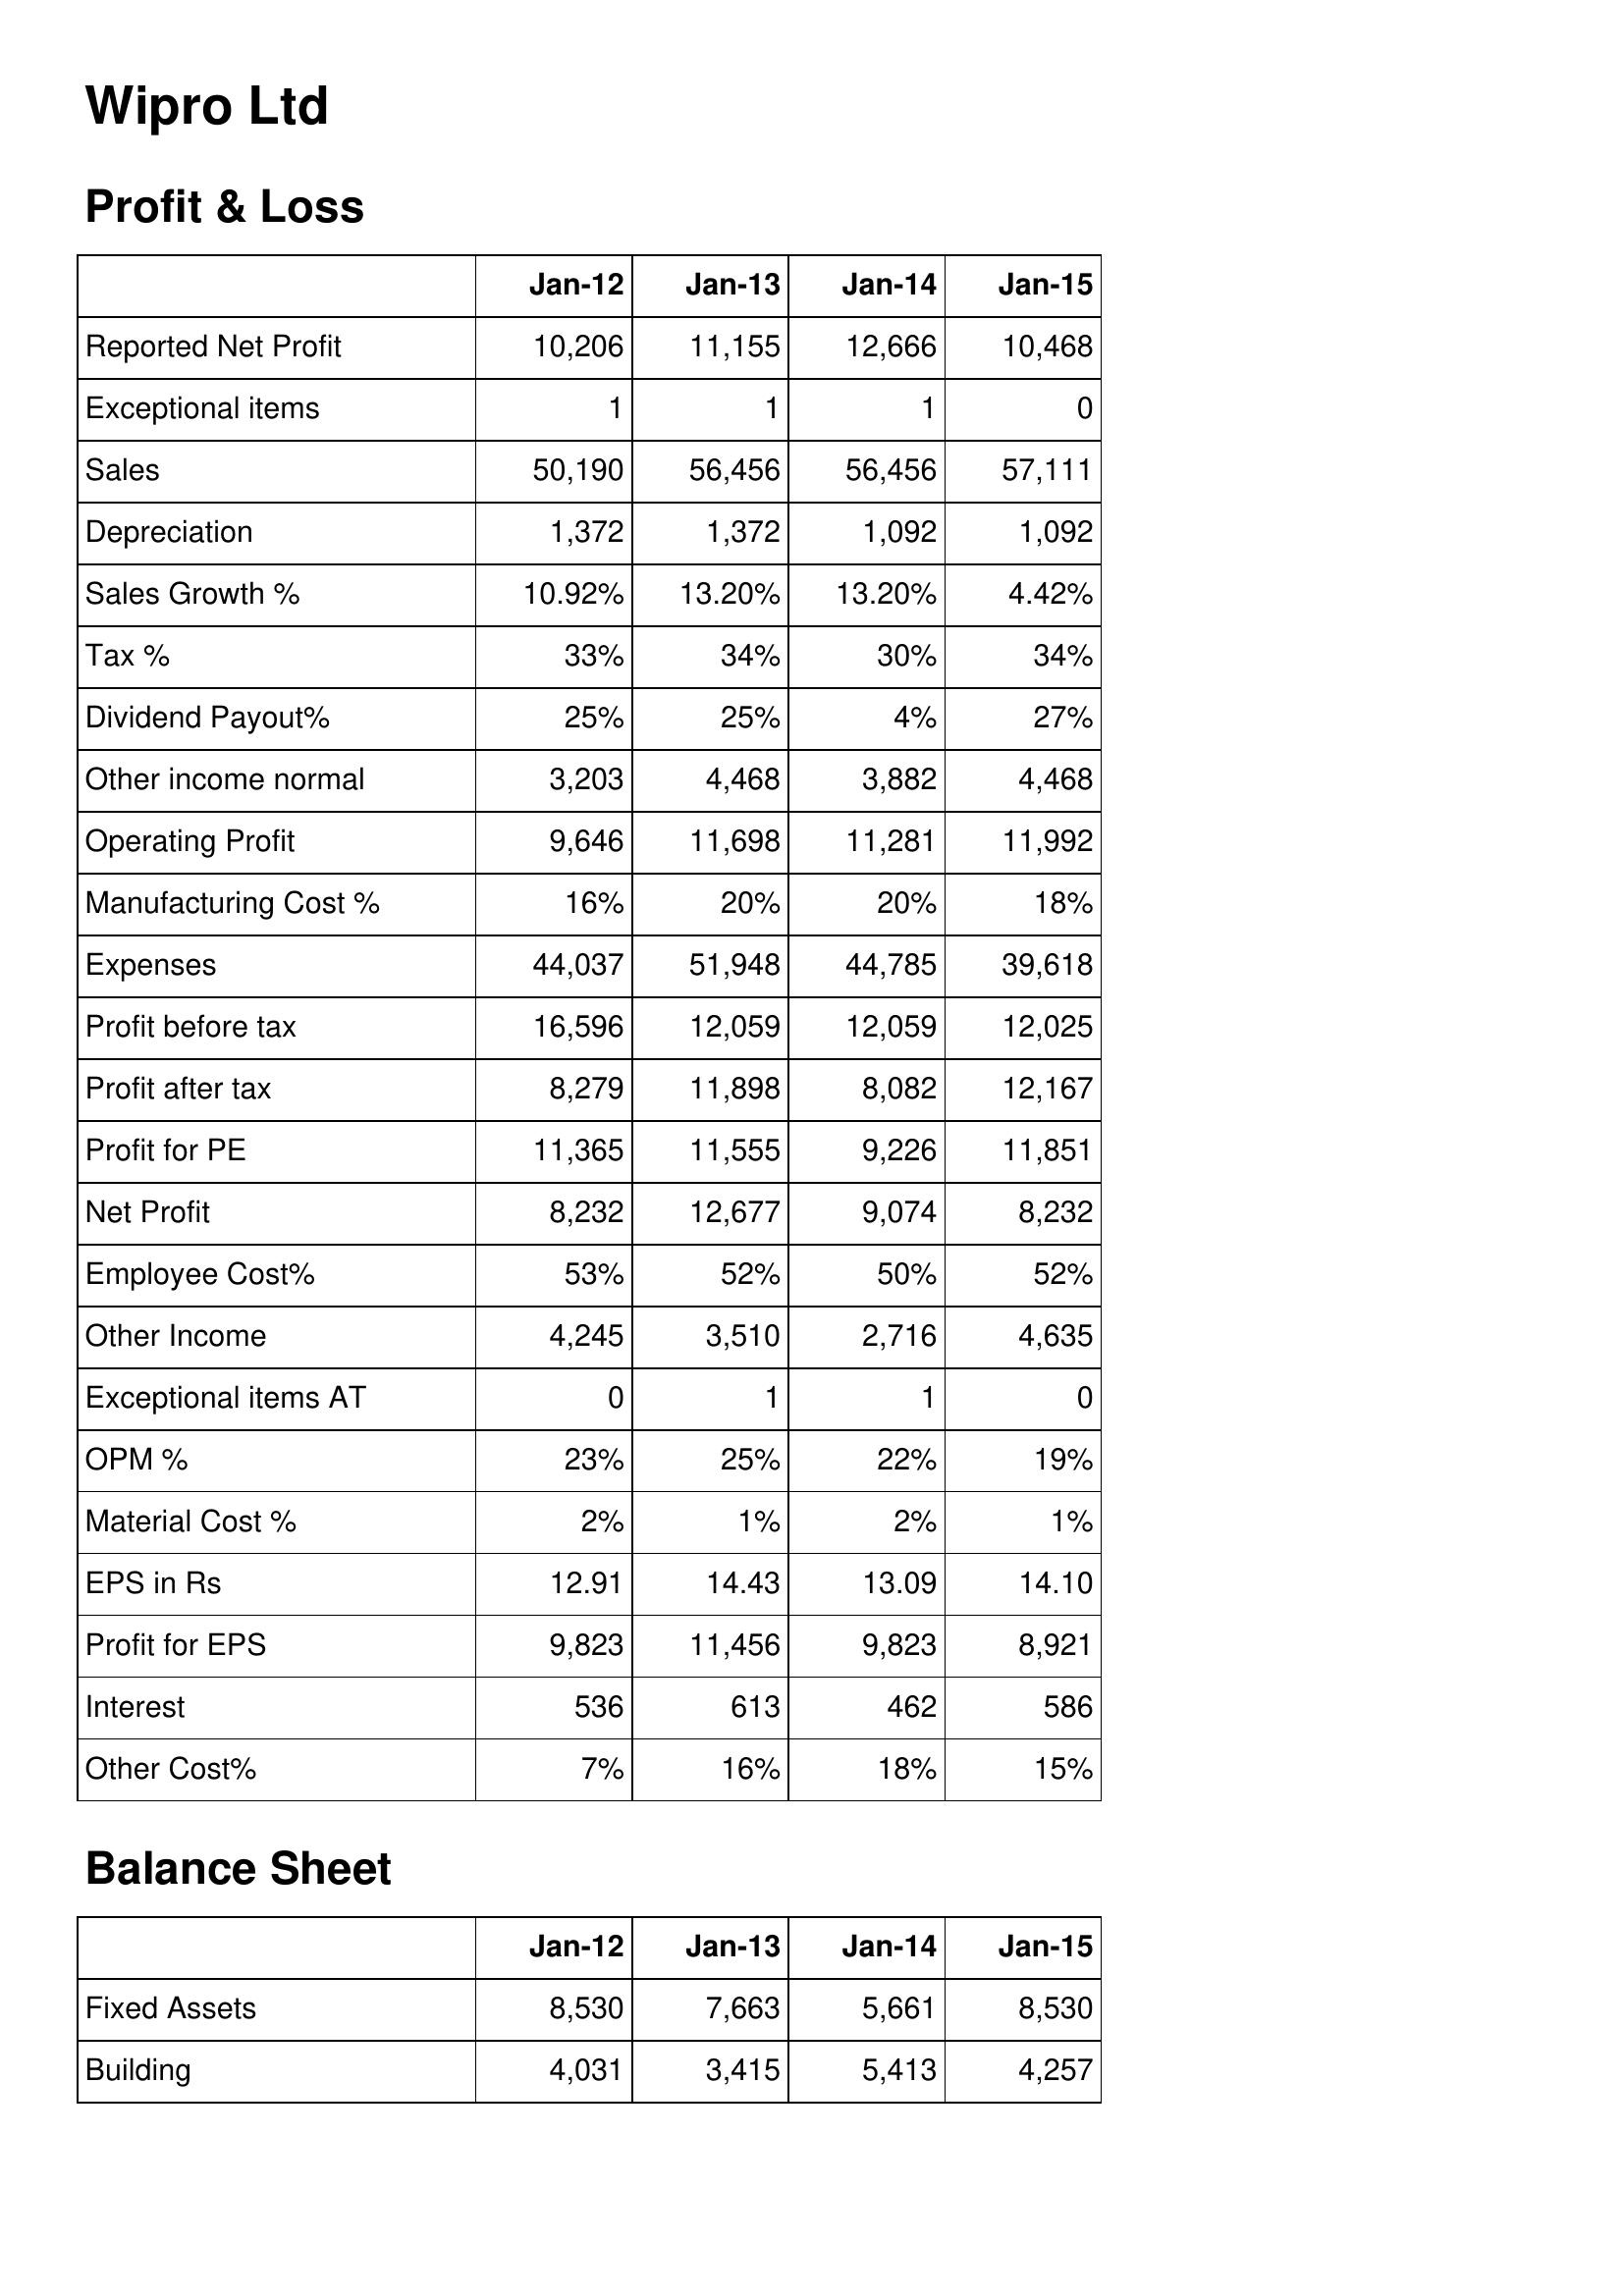
Jan-12: Profit & Loss: Reported Net Profit: 10,206
Exceptional items: 1
Sales: 50,190
Depreciation: 1,372
Sales Growth %: 10.92%
Tax %: 33%
Dividend Payout%: 25%
Other income normal: 3,203
Operating Profit: 9,646
Manufacturing Cost %: 16%
Expenses: 44,037
Profit before tax: 16,596
Profit after tax: 8,279
Profit for PE: 11,365
Net Profit: 8,232
Employee Cost%: 53%
Other Income: 4,245
Exceptional items AT: 0
OPM %: 23%
Material Cost %: 2%
EPS in Rs: 12.91
Profit for EPS: 9,823
Interest: 536
Other Cost%: 7%
Balance Sheet: Fixed Assets: 8,530
Building: 4,031
Jan-13: Profit & Loss: Reported Net Profit: 11,155
Exceptional items: 1
Sales: 56,456
Depreciation: 1,372
Sales Growth %: 13.20%
Tax %: 34%
Dividend Payout%: 25%
Other income normal: 4,468
Operating Profit: 11,698
Manufacturing Cost %: 20%
Expenses: 51,948
Profit before tax: 12,059
Profit after tax: 11,898
Profit for PE: 11,555
Net Profit: 12,677
Employee Cost%: 52%
Other Income: 3,510
Exceptional items AT: 1
OPM %: 25%
Material Cost %: 1%
EPS in Rs: 14.43
Profit for EPS: 11,456
Interest: 613
Other Cost%: 16%
Balance Sheet: Fixed Assets: 7,663
Building: 3,415
Jan-14: Profit & Loss: Reported Net Profit: 12,666
Exceptional items: 1
Sales: 56,456
Depreciation: 1,092
Sales Growth %: 13.20%
Tax %: 30%
Dividend Payout%: 4%
Other income normal: 3,882
Operating Profit: 11,281
Manufacturing Cost %: 20%
Expenses: 44,785
Profit before tax: 12,059
Profit after tax: 8,082
Profit for PE: 9,226
Net Profit: 9,074
Employee Cost%: 50%
Other Income: 2,716
Exceptional items AT: 1
OPM %: 22%
Material Cost %: 2%
EPS in Rs: 13.09
Profit for EPS: 9,823
Interest: 462
Other Cost%: 18%
Balance Sheet: Fixed Assets: 5,661
Building: 5,413
Jan-15: Profit & Loss: Reported Net Profit: 10,468
Exceptional items: 0
Sales: 57,111
Depreciation: 1,092
Sales Growth %: 4.42%
Tax %: 34%
Dividend Payout%: 27%
Other income normal: 4,468
Operating Profit: 11,992
Manufacturing Cost %: 18%
Expenses: 39,618
Profit before tax: 12,025
Profit after tax: 12,167
Profit for PE: 11,851
Net Profit: 8,232
Employee Cost%: 52%
Other Income: 4,635
Exceptional items AT: 0
OPM %: 19%
Material Cost %: 1%
EPS in Rs: 14.10
Profit for EPS: 8,921
Interest: 586
Other Cost%: 15%
Balance Sheet: Fixed Assets: 8,530
Building: 4,257